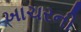
ખાચરની